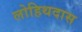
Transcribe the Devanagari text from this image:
लोहिथदास